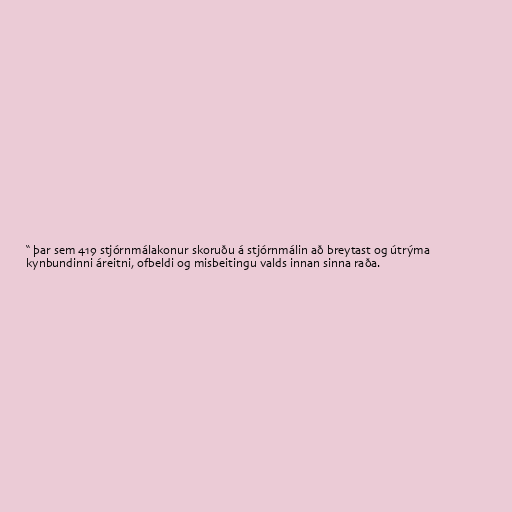
“ þar sem 419 stjórnmálakonur skoruðu á stjórnmálin að breytast og útrýma
kynbundinni áreitni, ofbeldi og misbeitingu valds innan sinna raða.